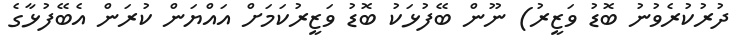
ދުރުކުރެވުނު ބޮޑު ވަޒީރު) ނޫން ބޭފުޅަކު ބޮޑު ވަޒީރުކަމަށް އައްޔަން ކުރަން އެބޭފުޅާގެ